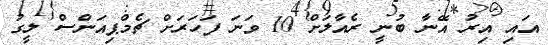
އައި އިރު އޭނާ ބުނީ ރެއާލަށް 10 ވަނަ ފަހަރަށް ޗެމްޕިއަންސް ލީގު